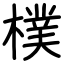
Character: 樸